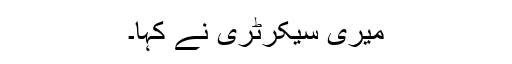
میری سیکرٹری نے کہا۔